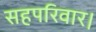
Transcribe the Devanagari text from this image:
सहपरिवार।